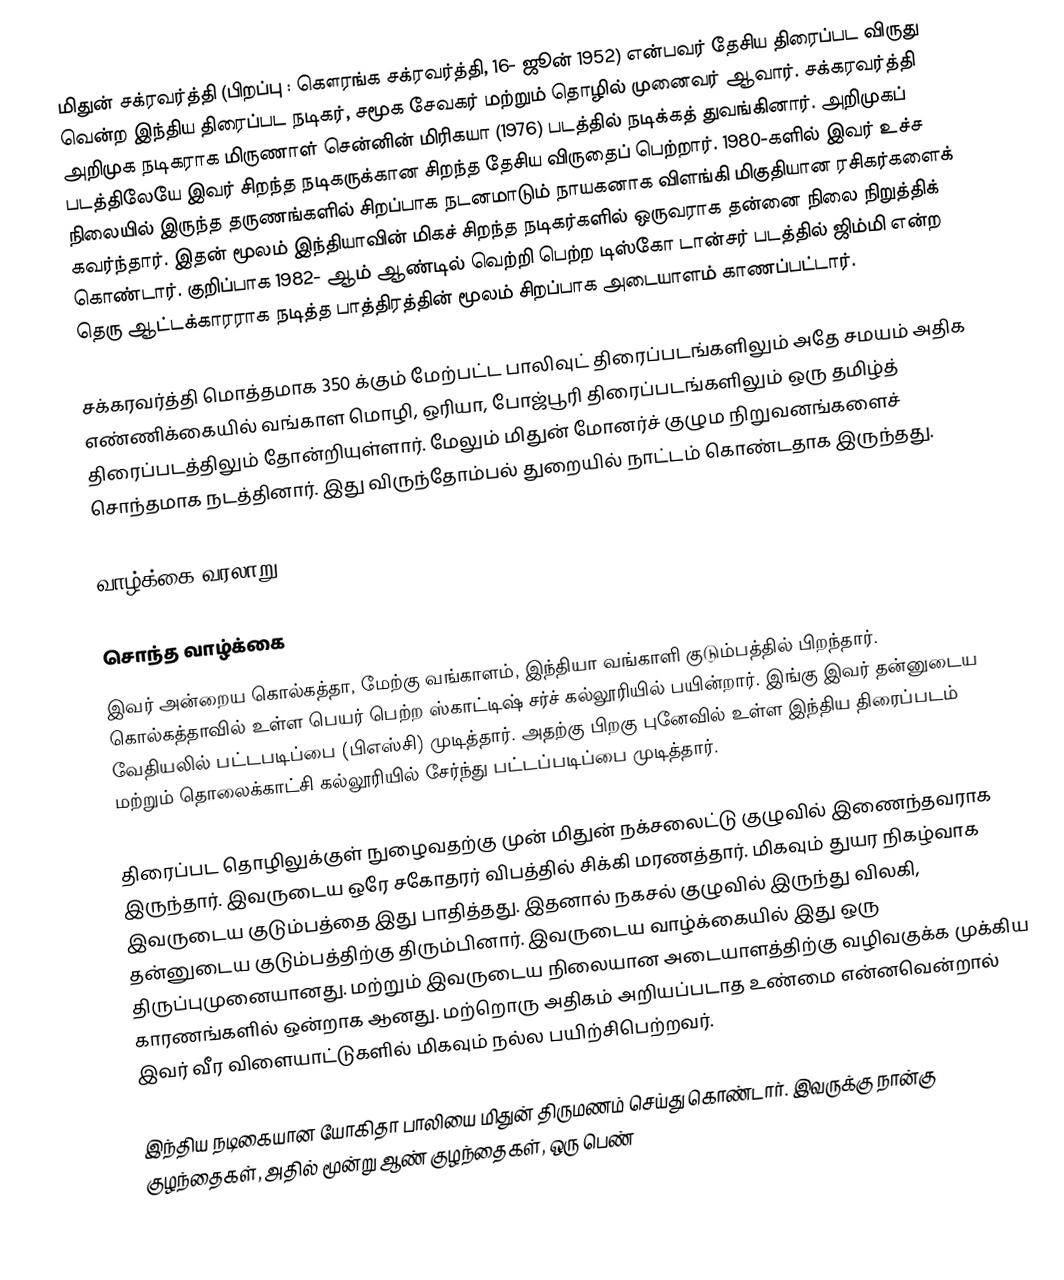
மிதுன் சக்ரவர்த்தி (பிறப்பு : கௌரங்க சக்ரவர்த்தி, 16- ஜூன் 1952) என்பவர் தேசிய திரைப்பட விருது வென்ற இந்திய திரைப்பட நடிகர், சமூக சேவகர் மற்றும் தொழில் முனைவர் ஆவார். சக்கரவர்த்தி  அறிமுக நடிகராக மிருணாள் சென்னின்  மிரிகயா (1976) படத்தில்  நடிக்கத் துவங்கினார். அறிமுகப் படத்திலேயே இவர் சிறந்த நடிகருக்கான சிறந்த தேசிய விருதைப் பெற்றார். 1980-களில் இவர் உச்ச நிலையில் இருந்த தருணங்களில் சிறப்பாக நடனமாடும் நாயகனாக விளங்கி மிகுதியான ரசிகர்களைக் கவர்ந்தார். இதன் மூலம் இந்தியாவின் மிகச் சிறந்த நடிகர்களில் ஒருவராக தன்னை நிலை நிறுத்திக் கொண்டார். குறிப்பாக 1982- ஆம் ஆண்டில் வெற்றி பெற்ற டிஸ்கோ டான்சர் படத்தில் ஜிம்மி என்ற தெரு ஆட்டக்காரராக நடித்த பாத்திரத்தின் மூலம் சிறப்பாக அடையாளம் காணப்பட்டார்.

சக்கரவர்த்தி மொத்தமாக 350 க்கும் மேற்பட்ட பாலிவுட் திரைப்படங்களிலும் அதே சமயம் அதிக எண்ணிக்கையில் வங்காள மொழி, ஒரியா, போஜ்பூரி திரைப்படங்களிலும் ஒரு தமிழ்த் திரைப்படத்திலும் தோன்றியுள்ளார். மேலும் மிதுன்  மோனர்ச் குழும நிறுவனங்களைச் சொந்தமாக நடத்தினார். இது விருந்தோம்பல் துறையில் நாட்டம் கொண்டதாக இருந்தது.

வாழ்க்கை வரலாறு

சொந்த வாழ்க்கை
இவர் அன்றைய கொல்கத்தா, மேற்கு வங்காளம், இந்தியா வங்காளி குடும்பத்தில் பிறந்தார்.  கொல்கத்தாவில் உள்ள பெயர் பெற்ற ஸ்காட்டிஷ் சர்ச் கல்லூரியில் பயின்றார். இங்கு இவர் தன்னுடைய வேதியலில் பட்டபடிப்பை (பிஎஸ்சி) முடித்தார். அதற்கு பிறகு புனேவில் உள்ள இந்திய திரைப்படம் மற்றும் தொலைக்காட்சி கல்லூரியில் சேர்ந்து பட்டப்படிப்பை முடித்தார்.

திரைப்பட தொழிலுக்குள் நுழைவதற்கு முன் மிதுன் நக்சலைட்டு குழுவில் இணைந்தவராக இருந்தார். இவருடைய ஒரே சகோதரர் விபத்தில் சிக்கி மரணத்தார்.  மிகவும் துயர நிகழ்வாக இவருடைய குடும்பத்தை இது பாதித்தது. இதனால் நகசல் குழுவில் இருந்து விலகி, தன்னுடைய குடும்பத்திற்கு திரும்பினார். இவருடைய வாழ்க்கையில் இது ஒரு திருப்புமுனையானது. மற்றும் இவருடைய நிலையான அடையாளத்திற்கு வழிவகுக்க முக்கிய காரணங்களில் ஒன்றாக ஆனது. மற்றொரு அதிகம் அறியப்படாத உண்மை என்னவென்றால் இவர் வீர விளையாட்டுகளில் மிகவும் நல்ல பயிற்சிபெற்றவர்.

இந்திய நடிகையான யோகிதா பாலியை மிதுன் திருமணம் செய்து கொண்டார். இவருக்கு நான்கு குழந்தைகள், அதில் மூன்று ஆண் குழந்தைகள், ஒரு பெண்